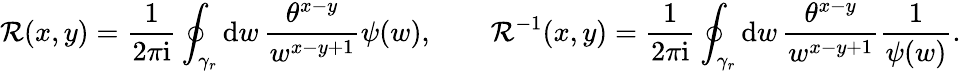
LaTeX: \mathcal{R}(x,y)=\frac 1{2\pi\mathrm{i}}\oint_{\gamma_{r}}\mathrm{d}w\, \frac{\theta^{x-y}}{w^{x-y+1}}\psi(w),\qquad\mathcal{R}^{-1}(x,y)=\frac 1{2\pi\mathrm{i}}\oint_{\gamma_{r}}\mathrm{d}w\, \frac{\theta^{x-y}}{w^{x-y+1}}\frac{1}{\psi(w)}.